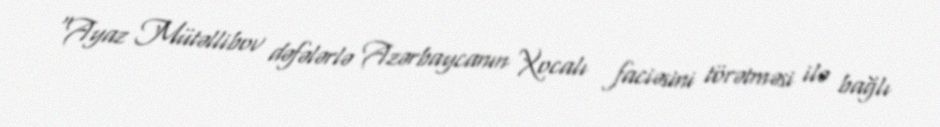
“Ayaz Mütəllibov dəfələrlə Azərbaycanın Xocalı faciəsini törətməsi ilə bağlı